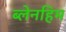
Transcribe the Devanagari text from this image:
ब्लेनहिम